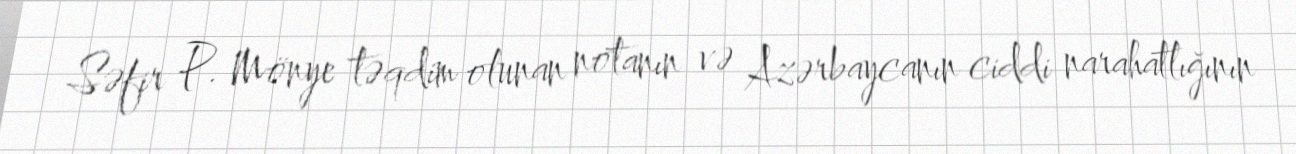
Səfir P. Mönye təqdim olunan notanın və Azərbaycanın ciddi narahatlığının